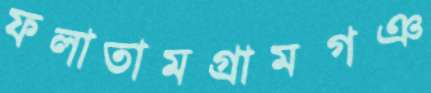
ফলাতামগ্রামগঞ